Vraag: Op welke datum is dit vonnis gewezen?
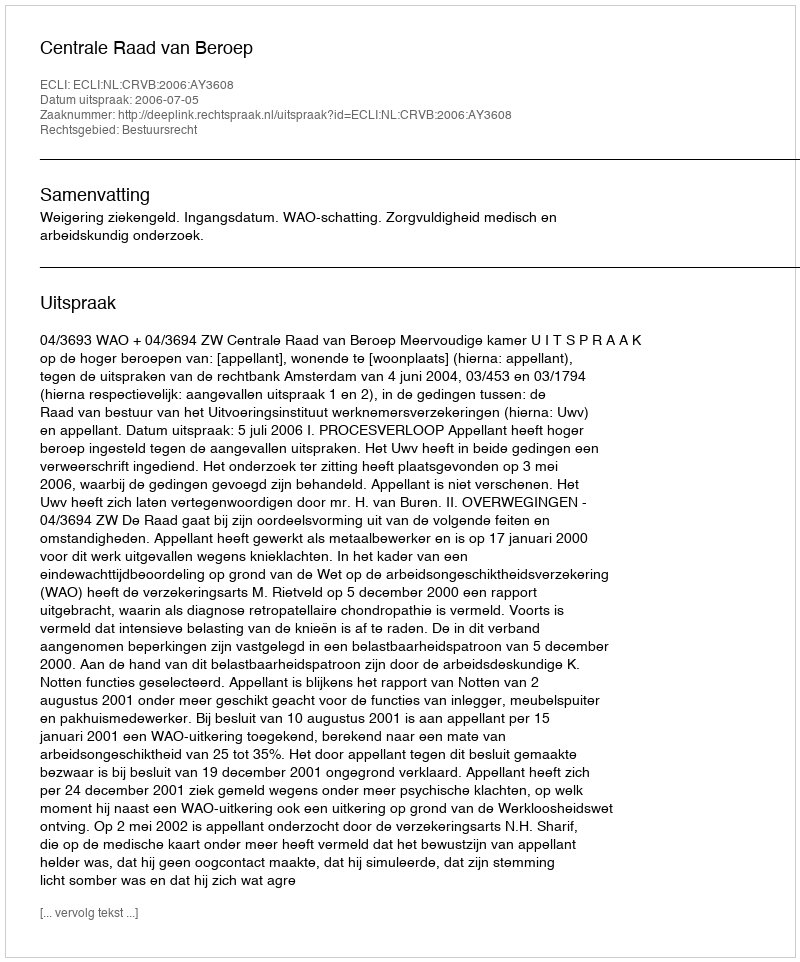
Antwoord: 2006-07-05